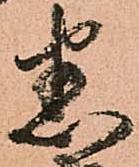
悉